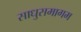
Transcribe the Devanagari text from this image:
साधुसमागम